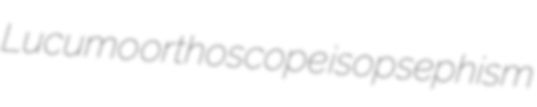
Lucumo orthoscope isopsephism